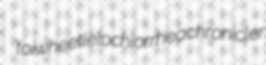
toi wheetle lochiorrhea chronicler